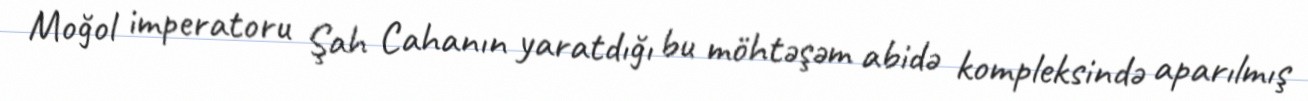
Moğol imperatoru Şah Cahanın yaratdığı bu möhtəşəm abidə kompleksində aparılmış